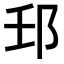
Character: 𨙼